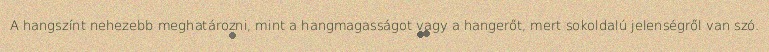
A hangszínt nehezebb meghatározni, mint a hangmagasságot vagy a hangerőt, mert sokoldalú jelenségről van szó.